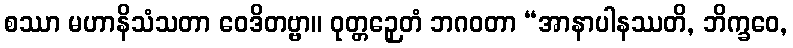
စဿာ မဟာနိသံသတာ ဝေဒိတဗ္ဗာ။ ဝုတ္တဉှေတံ ဘဂဝတာ “အာနာပါနဿတိ, ဘိက္ခဝေ,